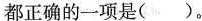
都正确的一项是()。